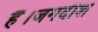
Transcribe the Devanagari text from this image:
हैं।जगदीश